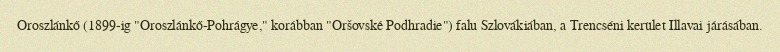
Oroszlánkő (1899-ig "Oroszlánkő-Pohrágye," korábban "Oršovské Podhradie") falu Szlovákiában, a Trencséni kerület Illavai járásában.